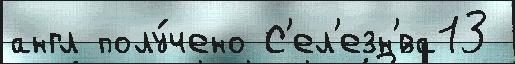
англ полу́чено С'ел'езн'́ва13